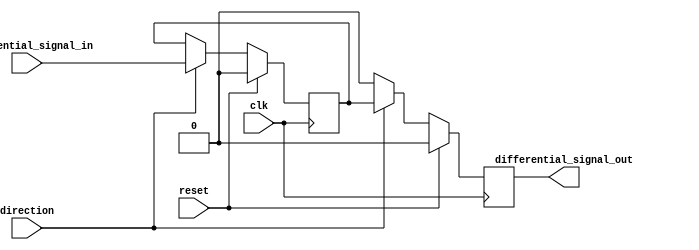
module diff_bidirectional_buffer (
    input wire clk,
    input wire reset,
    input wire direction,
    input wire differential_signal_in,
    output reg differential_signal_out
);

reg internal_signal;

always @(posedge clk) begin
    if (reset) begin
        differential_signal_out <= 1'b0;
        internal_signal <= 1'b0;
    end else begin
        if (direction) begin
            differential_signal_out <= internal_signal;
            internal_signal <= differential_signal_in;
        end else begin
            differential_signal_out <= 1'b0;
        end
    end
end

endmodule